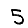
Digit: 5